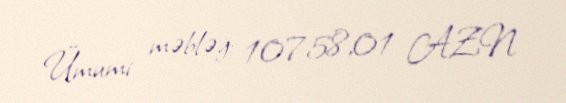
Ümumi məbləğ: 10758,01 AZN